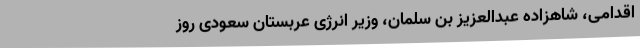
اقدامی، شاهزاده عبدالعزیز بن سلمان، وزیر انرژی عربستان سعودی روز